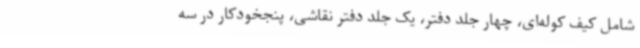
شامل کیف کوله‌ای، چهار جلد دفتر، یک جلد دفتر نقاشی، پنجخودکار در سه